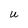
Character: U